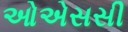
ઓએસસી